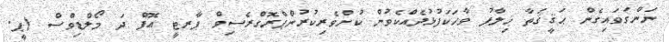
ނަންގަވައިގެން ޙަޤީޤަތާ ޚިލާފު ވާހަކަފުޅުދެއްކެވުން ކުށްވެރިކުރުންޕްރޮގްރެސިވް ޕާރޓީ އޮފް ދަ މޯލްޑިވްސް (ޕީ.